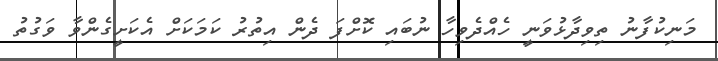
މަނިކުފާނު ތިވިދާޅުވަނީ ހެއްދެވިހާ ނުބައި ކޮށްފަ ދެން އިތުރު ކަމަކަށް އެކަށީގެންވާ ވަގުތު